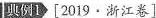
典例1 [2019.浙江卷]